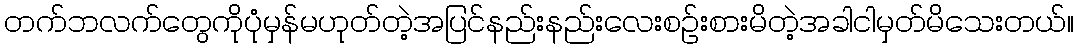
တက်ဘလက်တွေကိုပုံမှန်မဟုတ်တဲ့အပြင်နည်းနည်းလေးစဉ်းစားမိတဲ့အခါငါမှတ်မိသေးတယ်။